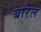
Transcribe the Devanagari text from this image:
बारेल